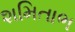
શમિતાભ